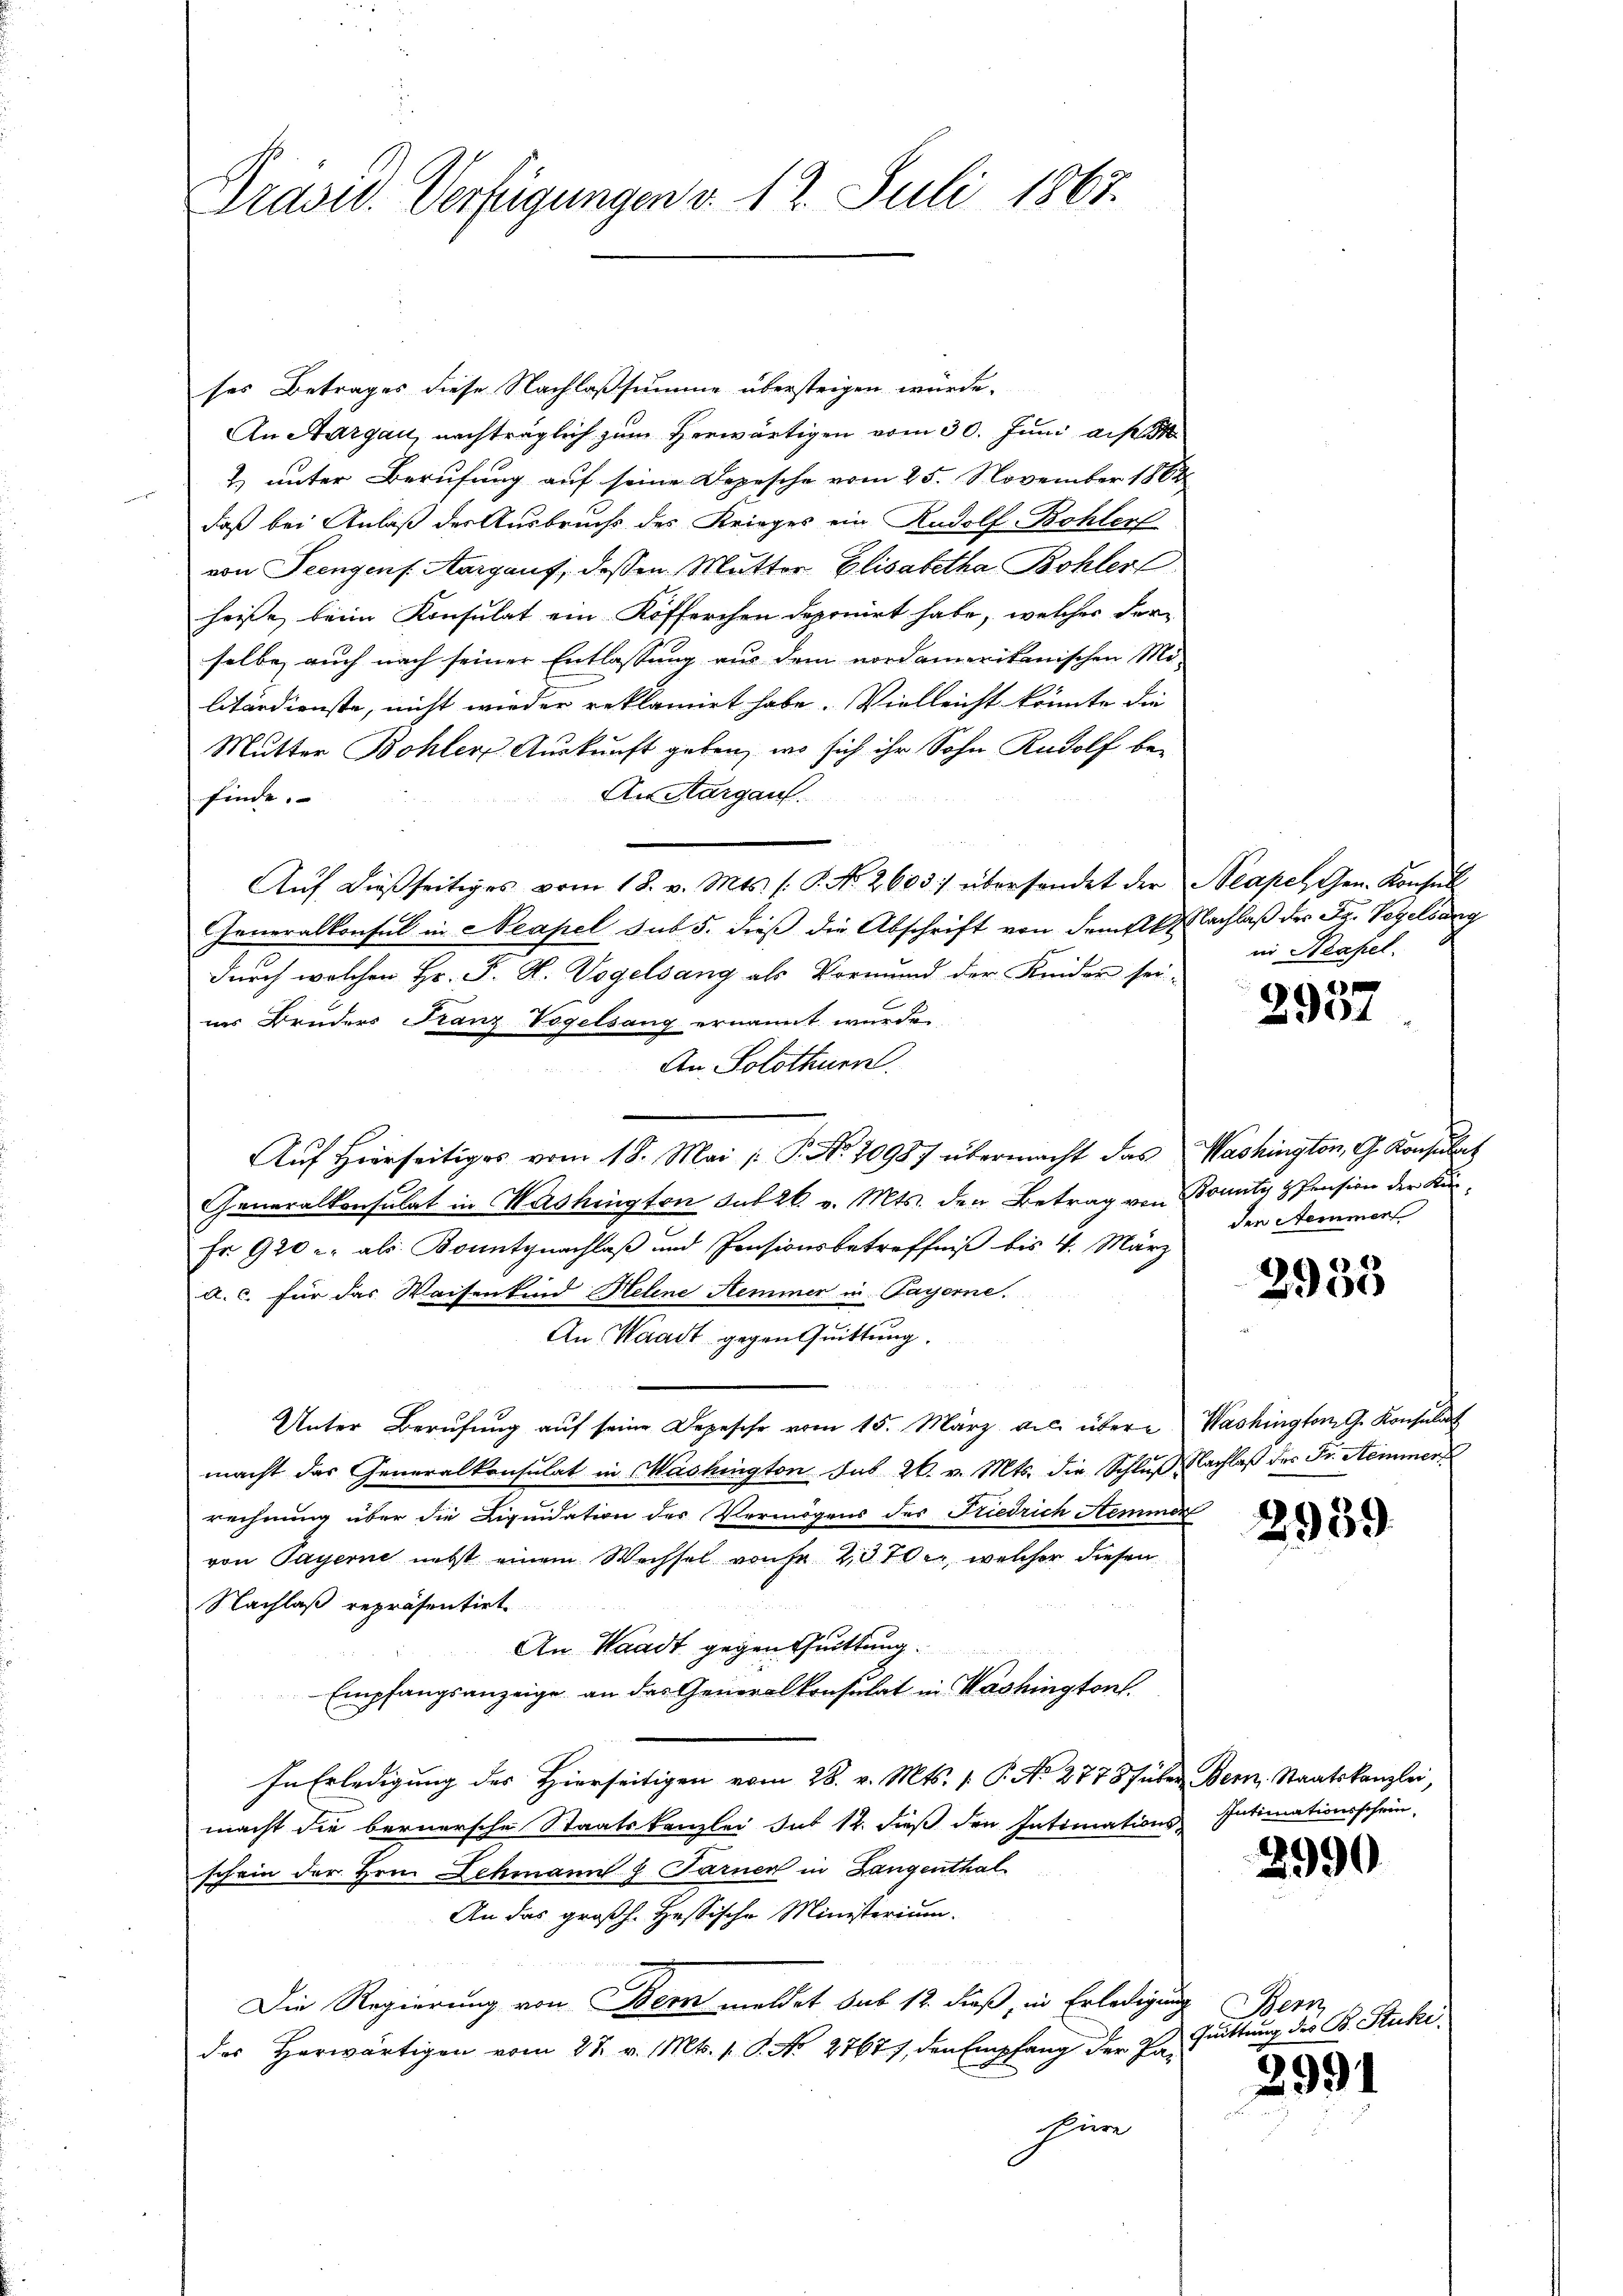
Präsid. Verfügungen v. 12. Juli 1867.

ses Betrages diese Nachlaßsumme übersteigen würde.
An Aargau, nachträglich zum Herwärtigen vom 30. Juni a.
2.) unter Berufung auf seine Depesche vom 25. November 1862
daß bei Anlaß der Ausbruchs des Krieges ein Rudolf Bohler
von Peengens. Aargauf, dessen Mutter Elisabetha Bohler
heiße, beim Konsulat ein Kofferchen deponirt habe, welches der
selbe auch nach seiner Entlassung aus dem nordamerikanischen Mi-
litärdienste, nicht wieder reklamirt habe. Vielleicht könnte die
Mutter Bohler Auskunft geben, wo sich ihr Sohn Rudolf be¬
An Aargau.
finde.
Aŭf dießseitiges vom 18. v. Mts. (: P. No. 2603) übersendet der Neapel Gen. Konsul
Feneralkonsul in Neapel sub 5. dieß die Abschrift von dem Nachlaß der Sy. Vogelburg
durch welchen Hr. F. H. Vogelsang als Vormund der Kinder sei-
ins Bruders Franz Vogelsang ernannt wurde
An Solothurn.
Auf hierseitiges vom 18. Mai l. P. No. 20987 übermacht das Washington, G. Konsulat
Generalkonsulat in Washington sub 2k. v. Mts. den Betrag von Bounty Pension der Kin¬
Fr. 920 - als Bountynachlaß und Pensionsbetreffniß bis 4. März
a. c. für das Waisenkind Helene Hemmer in Payerne.
An Waadt gegen Quittung.
Unter Berufung aŭf seine Depesche vom 15. März a.c. übere Washington G. Konsulat
macht das Generalkonsulat in Mashington sub 26. v. Mts. die Schluß Nachlaß des Fr. Semmers
rechnung über die Liquidation des Vermögens des Friedrich Nemmer
von Payerne nebst einem Wechsel von Fr. 2370, welcher diesen
Nachlaß repräsentirt
An Waadt gegen Quittung.
Empfangsanzeige an das Generalkonsulat in Washington.
In Erledigung des Hierseitigen vom 28. v. Mts. 1. P. No. 2778f über Bern, Staatskanzlei,
macht die bernersche Staatskanzlei sut 12. dieß den Intimations Intimationsschein,
schein der Hrrn. Lehmann z. Farner in Langenthal
An das großh. Hessische Ministerium.
Die Regierung von Bern meldet sub 12. dieß, in Erledigung
des Herwärtigen vom 27. v. Mts. 1. P. No 27677, den Empfang der Pa-
ür

in Masel.

2937

den Semmer

2935

2939.

2990

Bern
Quittung des B. Stucki,

2991